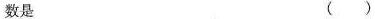
数是 （ ）